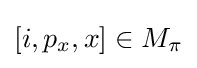
[i,p_{x},x]\in M_{\pi }